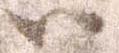
ハ